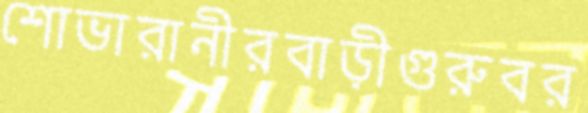
শোভারানীরবাড়ীগুরুবর